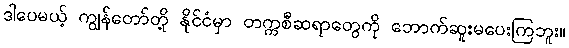
ဒါပေမယ့် ကျွန်တော်တို့ နိုင်ငံမှာ တက္ကစီဆရာတွေကို ဘောက်ဆူးမပေးကြဘူး။